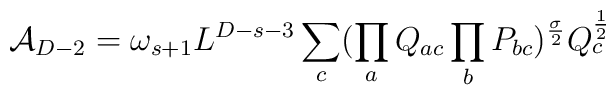
{\cal A}_{D-2}=\omega_{s+1}L^{D-s-3}\sum_{c}(\prod_aQ_{ac}\prod_bP_{bc}) ^{\sigma\over 2}Q_c^{1\over 2}